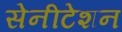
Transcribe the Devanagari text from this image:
सेनीटेशन